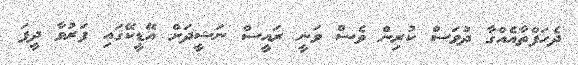
ދެހަފްތާއެއްގާ ދުވަސް ކުރިން ވެސް ވަނީ ރައީސް ނަޝީދަށް އޭޑީކޭގައި ފަރުވާ ދީފަ